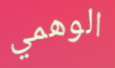
الوهمي